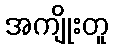
အကျိုးတူ